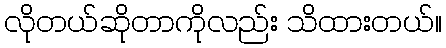
လိုတယ်ဆိုတာကိုလည်း သိထားတယ်။